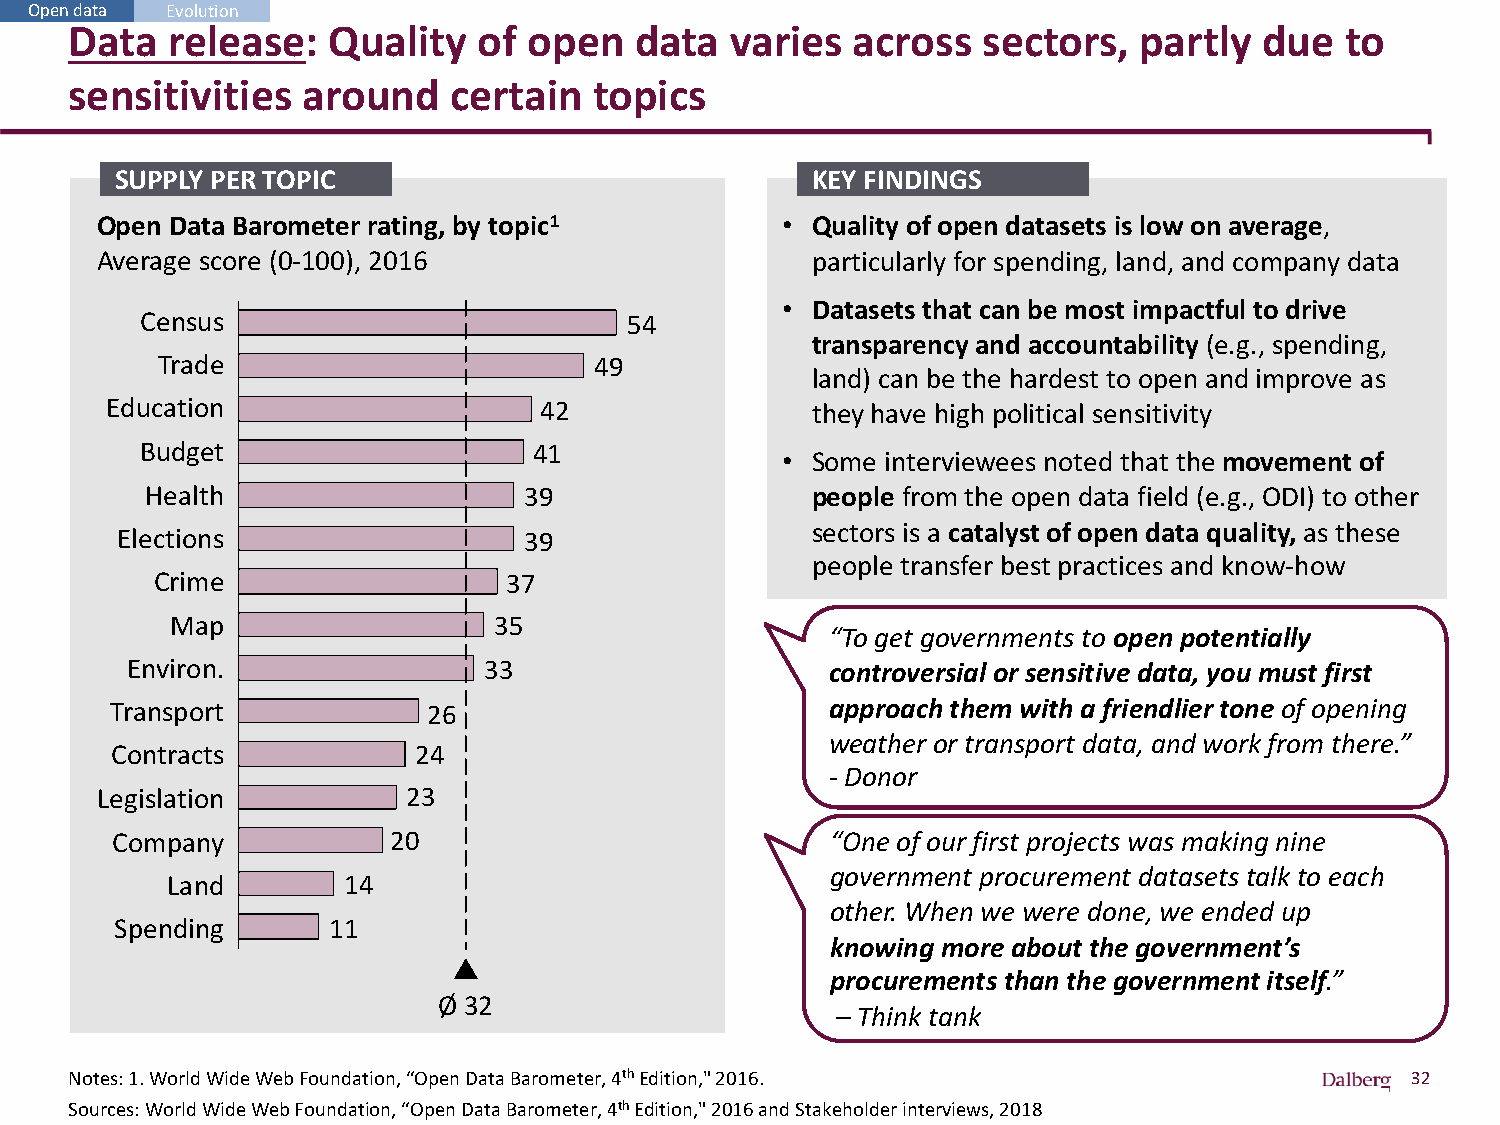
Open data Evolution
 Data  release:   Quality   of open   data  varies  across   sectors,  partly   due  to
 sensitivities  around    certain  topics
 SUPPLY PER TOPIC                              KEY FINDINGS
 Open Data Barometer rating, by topic1         • Quality of open datasets is low on average,
 Average score (0-100), 2016                     particularly for spending, land, and company data
 • Datasets that can be most impactful to drive
 Census                           54
 transparency and accountability (e.g., spending,
 Trade                        49
 land) can be the hardest to open and improve as
 Education                    42                they have high political sensitivity
 Budget                    41
 • Some interviewees noted that the movement of
 Health                   39                 people from the open data field (e.g., ODI) to other
 Elections                  39                 sectors is a catalyst of open data quality, as these
 people transfer best practices and know-how
 Crime                   37
 Map                   35
 “To get governments to open potentially
 Environ.                33                     controversial or sensitive data, you must first
 Transport            26                         approach them with a friendlier tone of opening
 weather or transport data, and work from there.”
 Contracts           24
 - Donor
 Legislation          23
 Company            20                           “One of our first projects was making nine
 government procurement datasets talk to each
 Land        14
 other. When we were done, we ended up
 Spending      11
 knowing more about the government’s
 procurements than the government itself.”
 Ø 32
 – Think tank
 Notes: 1. World Wide Web Foundation, “Open Data Barometer, 4thEdition," 2016.           32
 Sources: World Wide Web Foundation, “Open Data Barometer, 4thEdition," 2016 and Stakeholder interviews, 2018